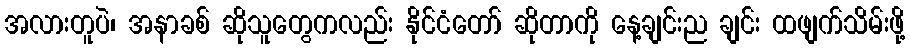
အလားတူပဲ၊ အနာခစ် ဆိုသူတွေကလည်း နိုင်ငံတော် ဆိုတာကို နေ့ချင်းည ချင်း ထဖျက်သိမ်းဖို့